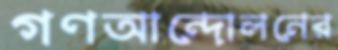
গণআন্দোলনের